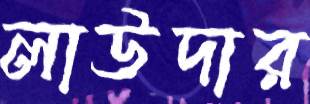
লাউদার